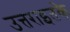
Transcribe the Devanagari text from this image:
उत्तराइतके